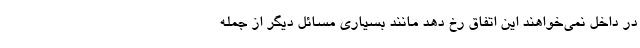
در داخل نمی‌خواهند این اتفاق رخ دهد مانند بسیاری مسائل دیگر از جمله